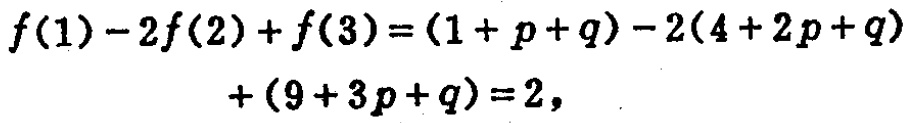
\[

\begin{align*}

f(1)-2f(2)+f(3)&=(1 + p + q)-2(4 + 2p + q)\\

&+(9 + 3p + q)=2,

\end{align*}

\]